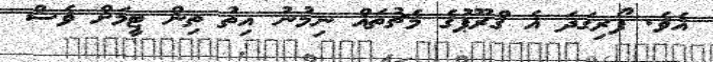
އެވެ. ފޯރިގަދަ އެ ގްރޫޕުގެ މެޗުތައް ނިމުނު އިތު ތިން ޓީމަށް ވެސް